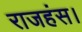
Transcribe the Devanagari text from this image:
राजहंस।